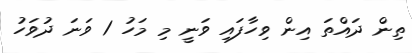
ތިން ދައްތަ އިން ވިހާފައި ވަނީ މި މަހު 1 ވަނަ ދުވަހު